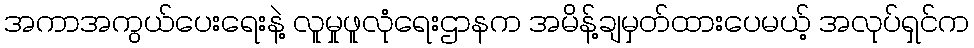
အကာအကွယ်ပေးရေးနဲ့ လူမှုဖူလုံရေးဌာနက အမိန့်ချမှတ်ထားပေမယ့် အလုပ်ရှင်က